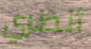
أنظري